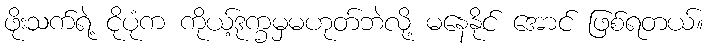
ဖိုးသက်ရဲ့ ငိုပုံက ကိုယ့်ဒုက္ခမှမဟုတ်ဘဲလို့ မနေနိုင် အောင် ဖြစ်ရတယ်။